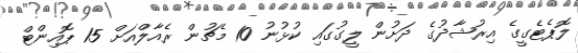
ލޮޕެޓެގީގެ އިރުޝާދުގެ ދަށުން ލީގުގައި ކުޅުނު 10 މެޗުން ރެއާލްއަށް 15 ޕޮއިންޓް